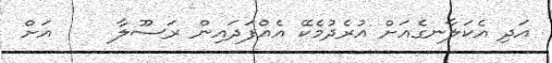
އަދި އެކަލާނގެއަށް އުރެދުމެކޭ އެއްފަދައިން ރަސޫލާ     އަށް